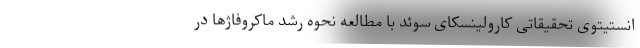
انستیتوی تحقیقاتی کارولینسکای سوئد با مطالعه نحوه رشد ماکروفاژها در